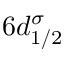
6 d _ { 1 / 2 } ^ { \sigma }